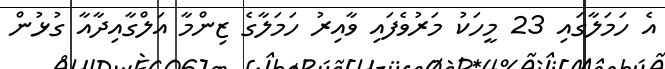
އެ ހަމަލާގައި 23 މީހަކު މަރުވެފައި ވާއިރު ހަމަލާގެ ޒިންމާ އަލްގާއިދާއާ ގުޅުން